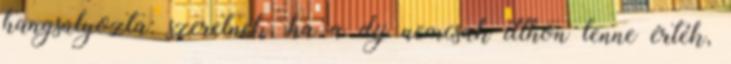
hangsúlyozta: szeretnék, ha a díj nemcsak itthon lenne érték,